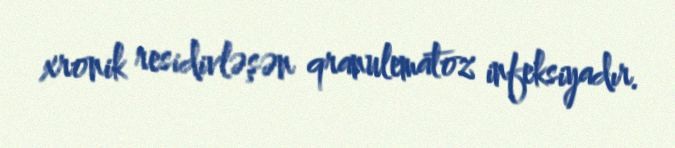
xronik residivləşən qranulematoz infeksiyadır.